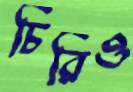
চিরিও